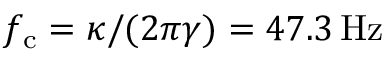
f _ { \mathrm { c } } = \kappa / ( 2 \pi \gamma ) = 4 7 . 3 \, \mathrm { { H z } }